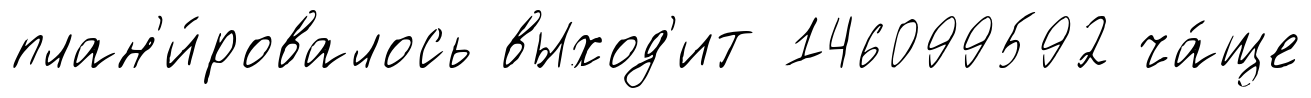
план'и́ровалось выход'ит 146099592 ча́ще